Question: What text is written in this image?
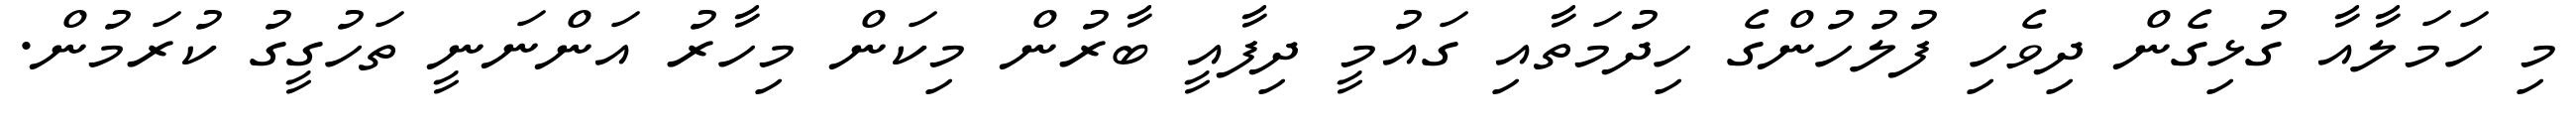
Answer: މި ހަމަލާއާ ގުޅިގެން ދިވެހި ފުލުހުންގެ ހިދުމަތާއި ގައުމީ ދިފާއީ ބާރުން މިކަން މިހާރު އަންނަނީ ތަހުގީގު ކުރަމުން.